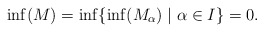
\begin{align*}\inf(M) = \inf\{\inf(M_{\alpha})\mid \alpha \in I\} = 0.\end{align*}